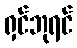
ရှင်ဘုရင်